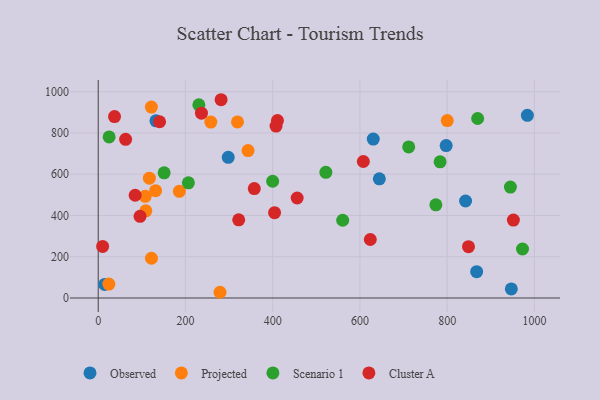
{"axis": {"x": "Speed", "y": "Sales"}, "legend": ["Cluster A", "Observed", "Projected", "Scenario 1"], "data": [{"x": "630.6", "y": 770.2, "type": "Observed"}, {"x": "983.9", "y": 885.6, "type": "Observed"}, {"x": "14.8", "y": 65.6, "type": "Observed"}, {"x": "644.5", "y": 577.8, "type": "Observed"}, {"x": "797.7", "y": 738.9, "type": "Observed"}, {"x": "298.1", "y": 681.8, "type": "Observed"}, {"x": "947.1", "y": 43.7, "type": "Observed"}, {"x": "867.6", "y": 127.4, "type": "Observed"}, {"x": "842.2", "y": 470.1, "type": "Observed"}, {"x": "132.3", "y": 858.9, "type": "Observed"}, {"x": "121.9", "y": 925.5, "type": "Projected"}, {"x": "800.2", "y": 859.9, "type": "Projected"}, {"x": "258.2", "y": 852.7, "type": "Projected"}, {"x": "24.4", "y": 67.3, "type": "Projected"}, {"x": "107.7", "y": 492.7, "type": "Projected"}, {"x": "319.3", "y": 853.4, "type": "Projected"}, {"x": "109.1", "y": 422.4, "type": "Projected"}, {"x": "186.0", "y": 517.3, "type": "Projected"}, {"x": "131.5", "y": 520.3, "type": "Projected"}, {"x": "117.3", "y": 581.1, "type": "Projected"}, {"x": "122.0", "y": 192.6, "type": "Projected"}, {"x": "343.5", "y": 714.6, "type": "Projected"}, {"x": "279.2", "y": 27.7, "type": "Projected"}, {"x": "399.9", "y": 565.9, "type": "Scenario 1"}, {"x": "869.9", "y": 870.2, "type": "Scenario 1"}, {"x": "230.7", "y": 936.3, "type": "Scenario 1"}, {"x": "151.1", "y": 606.9, "type": "Scenario 1"}, {"x": "206.7", "y": 558.1, "type": "Scenario 1"}, {"x": "711.8", "y": 732.3, "type": "Scenario 1"}, {"x": "25.0", "y": 781.0, "type": "Scenario 1"}, {"x": "972.7", "y": 237.6, "type": "Scenario 1"}, {"x": "774.1", "y": 451.5, "type": "Scenario 1"}, {"x": "783.8", "y": 660.3, "type": "Scenario 1"}, {"x": "945.0", "y": 537.6, "type": "Scenario 1"}, {"x": "521.9", "y": 609.3, "type": "Scenario 1"}, {"x": "560.5", "y": 377.0, "type": "Scenario 1"}, {"x": "281.7", "y": 961.2, "type": "Cluster A"}, {"x": "62.8", "y": 769.4, "type": "Cluster A"}, {"x": "404.3", "y": 413.7, "type": "Cluster A"}, {"x": "37.4", "y": 879.6, "type": "Cluster A"}, {"x": "407.7", "y": 833.5, "type": "Cluster A"}, {"x": "848.9", "y": 248.6, "type": "Cluster A"}, {"x": "951.8", "y": 377.6, "type": "Cluster A"}, {"x": "140.7", "y": 854.5, "type": "Cluster A"}, {"x": "10.1", "y": 249.9, "type": "Cluster A"}, {"x": "456.1", "y": 484.8, "type": "Cluster A"}, {"x": "357.8", "y": 530.6, "type": "Cluster A"}, {"x": "607.8", "y": 661.6, "type": "Cluster A"}, {"x": "410.9", "y": 860.6, "type": "Cluster A"}, {"x": "322.1", "y": 378.8, "type": "Cluster A"}, {"x": "236.7", "y": 896.1, "type": "Cluster A"}, {"x": "84.7", "y": 498.1, "type": "Cluster A"}, {"x": "623.8", "y": 283.5, "type": "Cluster A"}, {"x": "95.9", "y": 395.8, "type": "Cluster A"}]}